Indian journal of veterinary science and animal husbandry - Volume 13,
Year: 1943
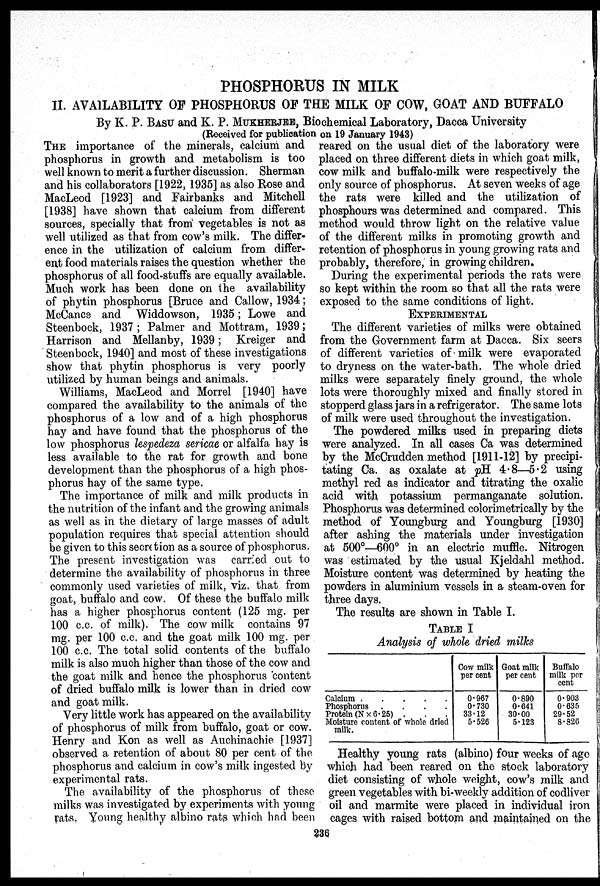
PHOSPHORUS IN MILK
II. AVAILABILITY OF PHOSPHORUS OF THE MILK OF COW, GOAT AND BUFFALO
By K. P. BASU and K. P. MUKHERJEE, Biochemical Laboratory, Dacca University
(Received for publication on 19 January 1943)
THE importance of the minerals, calcium and
phosphorus in growth and metabolism is too
well known to merit a further discussion. Sherman
and his collaborators [1922, 1935] as also Rose and
MacLeod [1923] and Fairbanks and Mitchell
[1938] have shown that calcium from different
sources, specially that from vegetables is not as
well utilized as that from cow's milk. The differ-
ence in the utilization of calcium from differ-
ent food materials raises the question whether the
phosphorus of all food-stuffs are equally available.
Much work has been done on the availability
of phytin phosphorus [Bruce and Callow, 1934;
McCance and Widdowson, 1935; Lowe and
Steenbock, 1937; Palmer and Mottram, 1939;
Harrison and Mellanby, 1939; Kreiger and
Steenbock, 1940] and most of these investigations
show that phytin phosphorus is very poorly
utilized by human beings and animals.
Williams, MacLeod and Morrel [1940] have
compared the availability to the animals of the
phosphorus of a low and of a high phosphorus
hay and have found that the phosphorus of the
low phosphorus lespedeza sericae or alfalfa hay is
less available to the rat for growth and bone
development than the phosphorus of a high phos-
phorus hay of the same type.
The importance of milk and milk products in
the nutrition of the infant and the growing animals
as well as in the dietary of large masses of adult
population requires that special attention should
be given to this secretion as a source of phosphorus.
The present investigation was carried out to
determine the availability of phosphorus in three
commonly used varieties of milk, viz. that from
goat, buffalo and cow. Of these the buffalo milk
has a higher phosphorus content (125 mg. per
100 c.c. of milk). The cow milk contains 97
mg. per 100 c.c. and the goat milk 100 mg. per
100 c.c. The total solid contents of the buffalo
milk is also much higher than those of the cow and
the goat milk and hence the phosphorus content
of dried buffalo milk is lower than in dried cow
and goat milk.
Very little work has appeared on the availability
of phosphorus of milk from buffalo, goat or cow.
Henry and Kon as well as Auchinachie [1937]
observed a retention of about 80 per cent of the
phosphorus and calcium in cow's milk ingested by
experimental rats.
The availability of the phosphorus of these
milks was investigated by experiments with young
rats. Young healthy albino rats which had been
reared on the usual diet of the laboratory were
placed on three different diets in which goat milk,
cow milk and buffalo-milk were respectively the
only source of phosphorus. At seven weeks of age
the rats were killed and the utilization of
phosphours was determined and compared. This
method would throw light on the relative value
of the different milks in promoting growth and
retention of phosphorus in young growing rats and
probably, therefore, in growing children.
During the experimental periods the rats were
so kept within the room so that all the rats were
exposed to the same conditions of light.
EXPERIMENTAL
The different varieties of milks were obtained
from the Government farm at Dacca. Six seers
of different varieties of milk were evaporated
to dryness on the water-bath. The whole dried
milks were separately finely ground, the whole
lots were thoroughly mixed and finally stored in
stopperd glass jars in a refrigerator. The same lots
of milk were used throughout the investigation.
The powdered milks used in preparing diets
were analyzed. In all cases Ca was determined
by the McCrudden method [1911-12] by precipi-
tating Ca. as oxalate at pH. 4.8—5.2 using
methyl red as indicator and titrating the oxalic
acid with potassium permanganate solution.
Phosphorus was determined colorimetrically by the
method of Youngburg and Youngburg [1930]
after ashing the materials under investigation
at 500º—600º in an electric muffle. Nitrogen
was estimated by the usual Kjeldahl method.
Moisture content was determined by heating the
powders in aluminium vessels in a steam-oven for
three days.
The results are shown in Table I.
TABLE I
Analysis of whole dried milks
Phosphorus
Protein (N × 6.25) .
Moisture content of whole dried
milk.
Cow milk
per cent
0.967
0.730
33.12
5.526
Goat milk
per cent
0.890
0.641
30.00
5.123
Buffalo
milk per
cent
0.903
0.635
29.52
8.826
Healthy young rats (albino) four weeks of age
which had been reared on the stock laboratory
diet consisting of whole weight, cow's milk and
green vegetables with bi-weekly addition of codliver
oil and marmite were placed in individual iron
cages with raised bottom and maintained on the
236